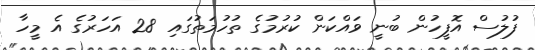
ފުލުސް އޮފީހުން ބުނީ ވައްކަން ކުރުމުގެ ތުހުމަތުގައި 28 އަހަރުގެ އެ މީހާ